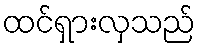
ထင်ရှားလှသည်